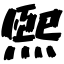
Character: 煕